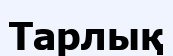
Тарлық